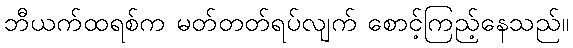
ဘီယက်ထရစ်က မတ်တတ်ရပ်လျက် စောင့်ကြည့်နေသည်။